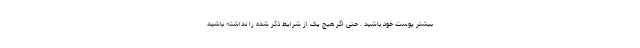
بیشتر پوست خود باشید . حتی اگر هیچ یک از شرایط ذکر شده را نداشته باشید